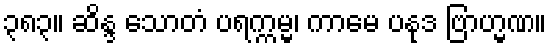
၃၈၃။ ဆိန္ဒ သောတံ ပရက္ကမ္မ၊ ကာမေ ပနုဒ ဗြာဟ္မဏ။